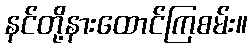
နင်တို့နားထောင်ကြစမ်း။